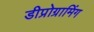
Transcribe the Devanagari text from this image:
डीप्रोग्रामिंग